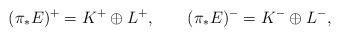
LaTeX: \begin{align*}(\pi_*E)^+=K^+\oplus L^+,\qquad(\pi_*E)^-=K^-\oplus L^-,\end{align*}